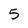
Character: 5